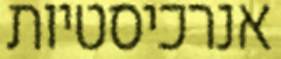
אנרכיסטיות